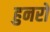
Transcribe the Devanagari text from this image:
हुनरों